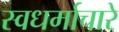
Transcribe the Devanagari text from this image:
स्वधर्माचारे